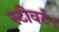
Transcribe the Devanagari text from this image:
स्टीवर्ट।